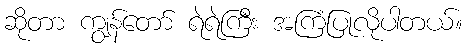
ဆိုတာ ကျွန်တော် ရဲရဲကြီး အကြံပြုလိုပါတယ်။